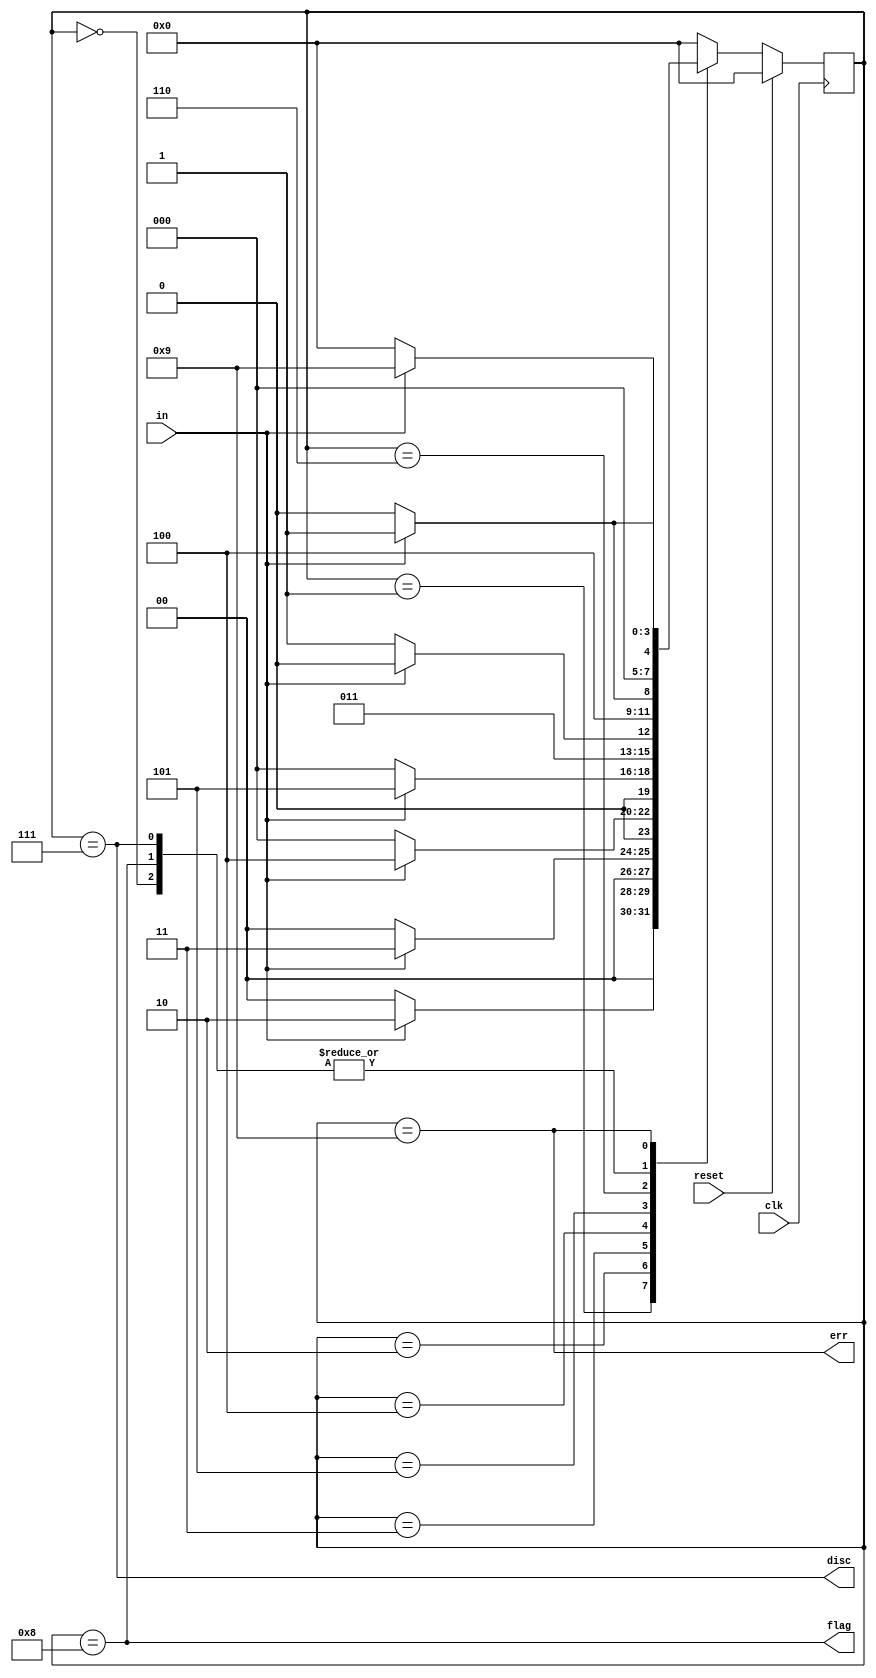
//2022_11_9 kerong
//Sequence recognition

module top_module(
    input clk,
    input reset,    // Synchronous reset
    input in,
    output disc,
    output flag,
    output err);


    reg [3:0] state, next_state;
    parameter   S1    = 4'd0;
    parameter   S2    = 4'd1;
    parameter   S3    = 4'd2;
    parameter   S4    = 4'd3;
    parameter   S5    = 4'd4;
    parameter   S6    = 4'd5;
    parameter   S7    = 4'd6;
    parameter   DISC  = 4'd7;
    parameter   FLAG  = 4'd8;
    parameter   ERROR = 4'd9;

    always @(posedge clk)begin
        if(reset)begin
            state <= S1;
        end
        else begin
            state <= next_state;
        end
    end

    always @(*)begin
        case(state)
            S1    : next_state = in ? S2 : S1;
            S2    : next_state = in ? S3 : S1;
            S3    : next_state = in ? S4 : S1;
            S4    : next_state = in ? S5 : S1;
            S5    : next_state = in ? S6 : S1;
            S6    : next_state = in ? S7 : DISC;
            S7    : next_state = in ? ERROR : FLAG;
            DISC  : next_state = in ? S2 : S1;
            FLAG  : next_state = in ? S2 : S1;
            ERROR : next_state = in ? ERROR : S1; 
            default : next_state = S1;
        endcase
    end

    assign disc = (state == DISC);
    assign flag = (state == FLAG);
    assign err  = (state == ERROR);

endmodule